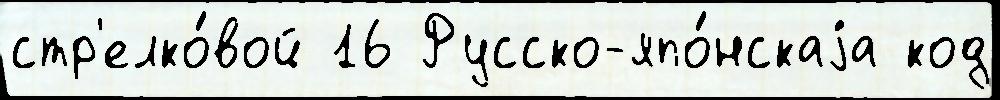
стр'елко́вой 16 Русско-япо́нскаjа код